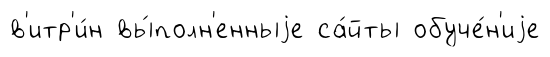
в'итр'и́н вы́полн'енныjе са́йты обуче́н'иjе